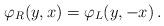
LaTeX: \begin{align*}\varphi_R(y,x)=\varphi_L(y,-x)\, .\end{align*}